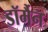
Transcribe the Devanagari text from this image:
डॉर्मैन